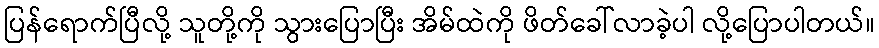
ပြန်ရောက်ပြီလို့ သူတို့ကို သွားပြောပြီး အိမ်ထဲကို ဖိတ်ခေါ်လာခဲ့ပါ လို့ပြောပါတယ်။